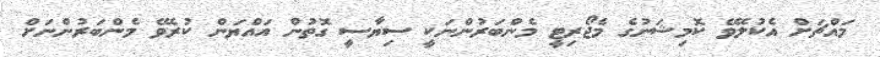
މައްޗަށް އެކުލެވޭ ކޮމިޝަނުގެ މެޖޯރިޓީ މެންބަރުންނަކީ ސިޔާސީ ގޮތުން އައްޔަން ކުރެވޭ މެންބަރުންނަށް